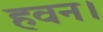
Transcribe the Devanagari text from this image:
हवन।